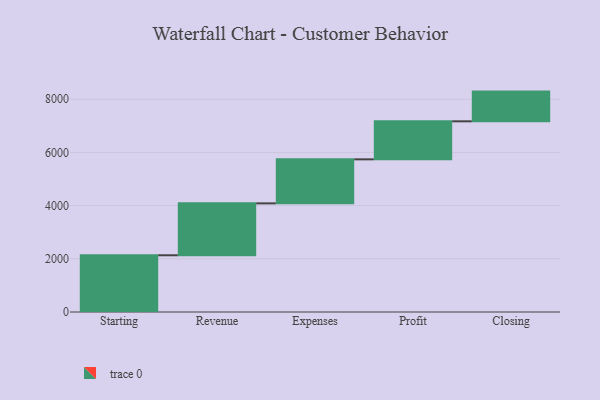
{"axis": {"x": "Step", "y": "Value"}, "legend": [""], "data": [{"x": "Starting", "y": 2133.0, "type": ""}, {"x": "Revenue", "y": 1952.0, "type": ""}, {"x": "Expenses", "y": 1655.0, "type": ""}, {"x": "Profit", "y": 1430.0, "type": ""}, {"x": "Closing", "y": 1117.0, "type": ""}]}